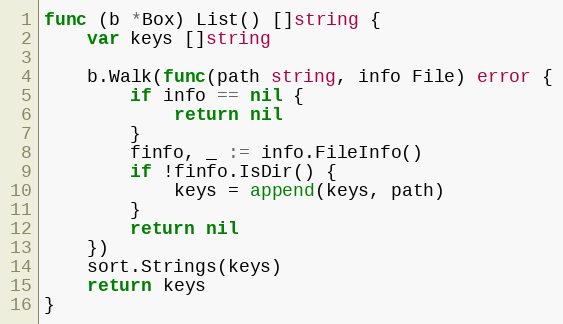
Language: Go
func (b *Box) List() []string {
	var keys []string

	b.Walk(func(path string, info File) error {
		if info == nil {
			return nil
		}
		finfo, _ := info.FileInfo()
		if !finfo.IsDir() {
			keys = append(keys, path)
		}
		return nil
	})
	sort.Strings(keys)
	return keys
}